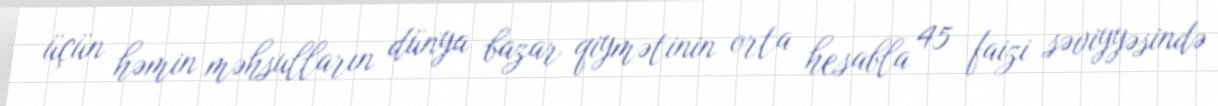
üçün həmin məhsulların dünya bazar qiymətinin orta hesabla 45 faizi səviyyəsində